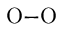
\mathrm { O } { - } \mathrm { O }